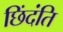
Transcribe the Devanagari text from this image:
छिंदंति